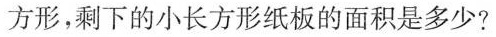
方形，剩下的小长方形纸板的面积是多少?